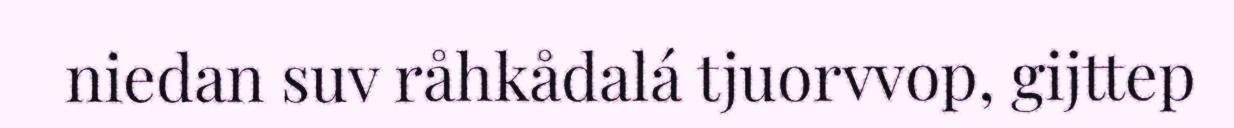
niedan suv råhkådalá tjuorvvop, gijttep